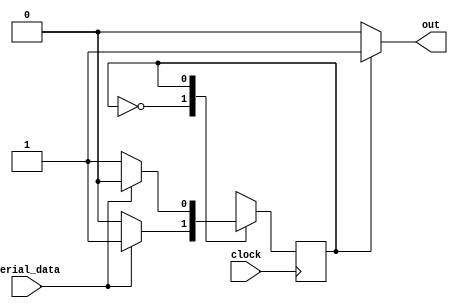
// Serial parity detector 
// odd no of ones seen => output is 1  else output is 0 
// moore machine 

module parityDetector (serial_data, clock, out); 
    input serial_data , clock ; 
    output reg out ; 
    reg state ; 
    parameter S0 = 0 , S1 = 1; 

    always @(posedge clock)
        begin
            case (state) 
            S0 :    state <=   (serial_data) ? S1 : S0 ; 
            S1 :    state <=   (serial_data) ? S0 : S1 ; 
            default : state <= S0 ;
            endcase 
        end

    always @(state)
        begin 
            if(state == S0)
                out = 0 ; 
            else if (state ==S1)
                out = 1 ; 
            else 
                out = 0 ; 
        end 
endmodule  



module test_parity;
    reg clk, x; wire z;
    parityDetector PAR (x, clk, z);
    initial
        begin
            $dumpfile ("parity.vcd"); $dumpvars (0, test_parity);
            clk = 1'b0;
        end
    always #5 clk = ~clk;
    initial
        begin
            #2 x = 0; #10 x = 1; #10 x = 1; #10 x = 1;
            #10 x = 0; #10 x = 1; #10 x = 1; #10 x = 0;
            #10 x = 0; #10 x = 1; #10 x = 1; #10 x = 0;
            #10 $finish;
        end
endmodule